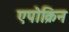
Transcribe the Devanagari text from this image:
एपोक्रिन